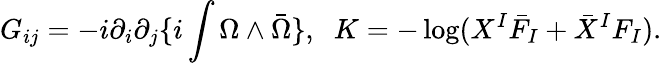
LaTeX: G_{ij}=-i\partial_{i}\partial_{j}\{ i\int\Omega\wedge{\bar{\Omega}}\} ,\; \; K=-\log(X^{I}{\bar{F}}_{I}+{\bar{X}}^{I}F_{I}).